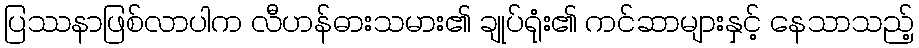
ပြဿနာဖြစ်လာပါက လီဟန်ဓားသမား၏ ချုပ်ရုံး၏ ကင်ဆာများနှင့် နေသာသည့်